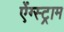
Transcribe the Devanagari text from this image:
ऐंग्स्ट्राम